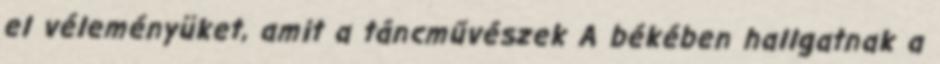
el véleményüket, amit a táncművészek A békében hallgatnak a